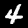
Label: 4